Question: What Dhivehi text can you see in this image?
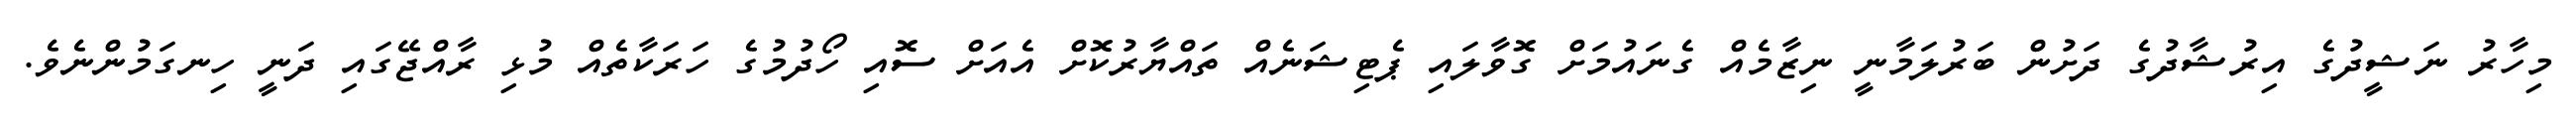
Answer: މިހާރު ނަޝީދުގެ އިރުޝާދުގެ ދަށުން ބަރުލަމާނީ ނިޒާމެއް ގެނައުމަށް ގޮވާލައި ޕެޓިޝަނެއް ތައްޔާރުކޮށް އެއަށް ސޮއި ހޯދުމުގެ ހަރަކާތެއް މުޅި ރާއްޖޭގައި ދަނީ ހިނގަމުންނެވެ.